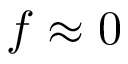
f \approx 0